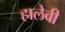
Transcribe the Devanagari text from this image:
हालेवी